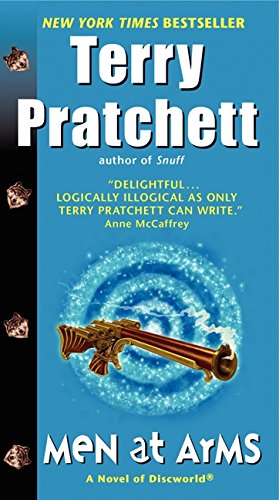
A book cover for Men at Arms (Discworld); Terry Pratchett; Science Fiction & Fantasy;